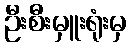
ဦးစီးမှူးရုံးမှ